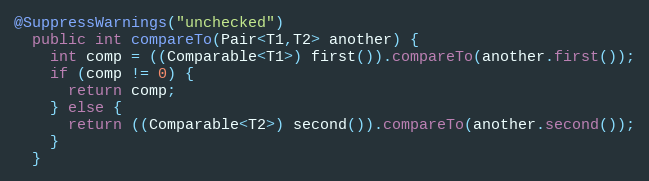
Language: Java
@SuppressWarnings("unchecked")
  public int compareTo(Pair<T1,T2> another) {
    int comp = ((Comparable<T1>) first()).compareTo(another.first());
    if (comp != 0) {
      return comp;
    } else {
      return ((Comparable<T2>) second()).compareTo(another.second());
    }
  }